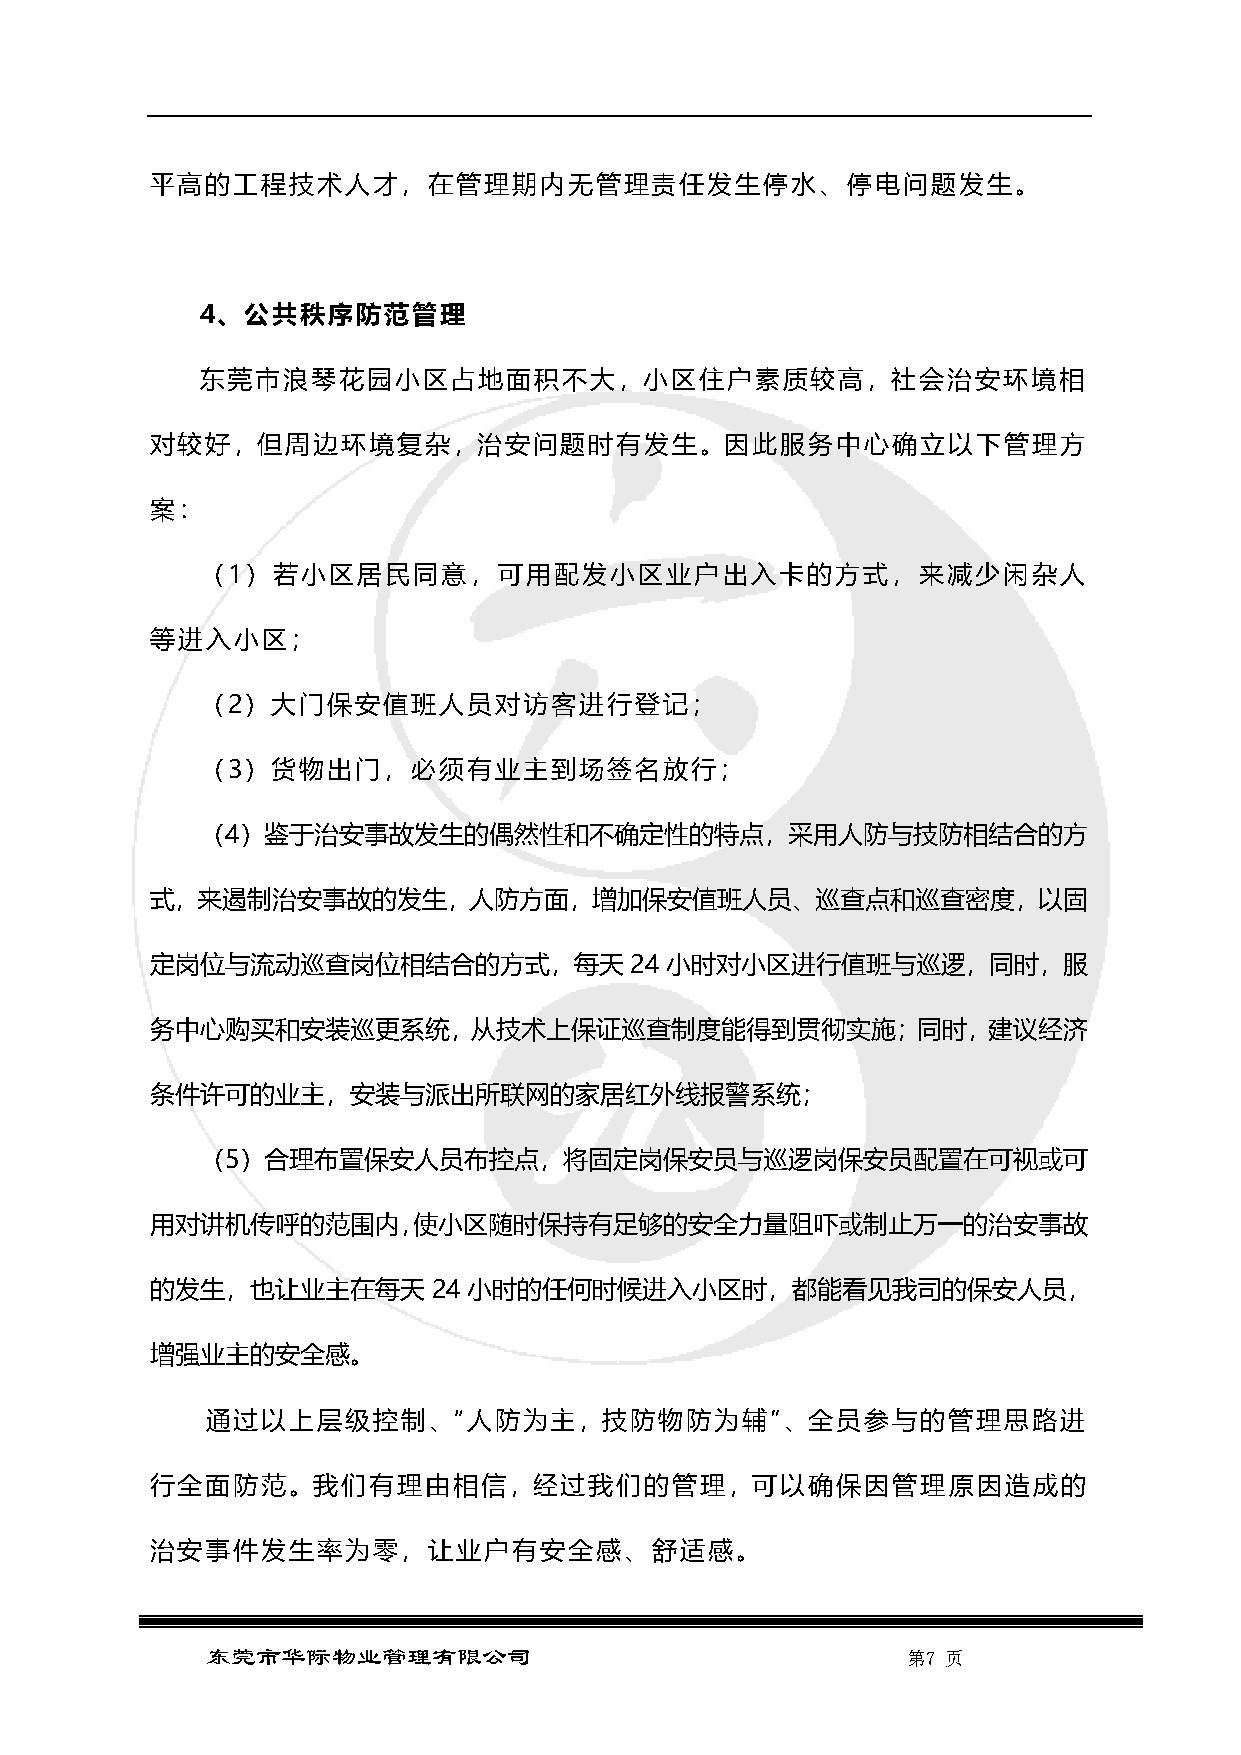
平高的工程技术人才，在管理期内无管理责任发生停水、停电问题发生。
 4、公共秩序防范管理
 东莞市浪琴花园小区占地面积不大，小区住户素质较高，社会治安环境相
 对较好，但周边环境复杂，治安问题时有发生。因此服务中心确立以下管理方
 案：
 （1）若小区居民同意，可用配发小区业户出入卡的方式，来减少闲杂人
 等进入小区；
 （2）大门保安值班人员对访客进行登记；
 （3）货物出门，必须有业主到场签名放行；
 （4）鉴于治安事故发生的偶然性和不确定性的特点，采用人防与技防相结合的方
 式，来遏制治安事故的发生，人防方面，增加保安值班人员、巡查点和巡查密度，以固
 定岗位与流动巡查岗位相结合的方式，每天             24 小时对小区进行值班与巡逻，同时，服
 务中心购买和安装巡更系统，从技术上保证巡查制度能得到贯彻实施；同时，建议经济
 条件许可的业主，安装与派出所联网的家居红外线报警系统；
 （5）合理布置保安人员布控点，将固定岗保安员与巡逻岗保安员配置在可视或可
 用对讲机传呼的范围内，使小区随时保持有足够的安全力量阻吓或制止万一的治安事故
 的发生，也让业主在每天        24 小时的任何时候进入小区时，都能看见我司的保安人员，
 增强业主的安全感。
 通过以上层级控制、“人防为主，技防物防为辅”、全员参与的管理思路进
 行全面防范。我们有理由相信，经过我们的管理，可以确保因管理原因造成的
 治安事件发生率为零，让业户有安全感、舒适感。
 东莞市华际物业管理有限公司                                 第7 页